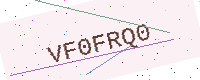
Text: VF0FRQ0